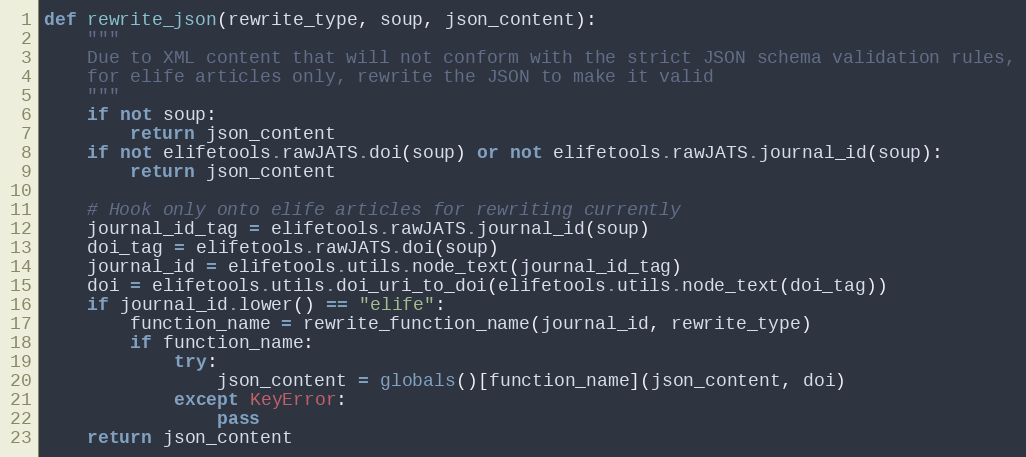
Language: Python
def rewrite_json(rewrite_type, soup, json_content):
    """
    Due to XML content that will not conform with the strict JSON schema validation rules,
    for elife articles only, rewrite the JSON to make it valid
    """
    if not soup:
        return json_content
    if not elifetools.rawJATS.doi(soup) or not elifetools.rawJATS.journal_id(soup):
        return json_content

    # Hook only onto elife articles for rewriting currently
    journal_id_tag = elifetools.rawJATS.journal_id(soup)
    doi_tag = elifetools.rawJATS.doi(soup)
    journal_id = elifetools.utils.node_text(journal_id_tag)
    doi = elifetools.utils.doi_uri_to_doi(elifetools.utils.node_text(doi_tag))
    if journal_id.lower() == "elife":
        function_name = rewrite_function_name(journal_id, rewrite_type)
        if function_name:
            try:
                json_content = globals()[function_name](json_content, doi)
            except KeyError:
                pass
    return json_content